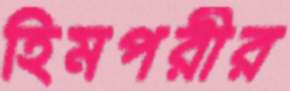
হিমপরীর